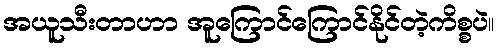
အယူသီးတာဟာ အူကြောင်ကြောင်နိုင်တဲ့ကိစ္စပဲ။